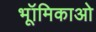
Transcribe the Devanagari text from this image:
भूॉमिकाओ